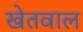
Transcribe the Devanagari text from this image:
खेतवाल